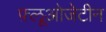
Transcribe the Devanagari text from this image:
फ़्लूओजेटीन